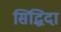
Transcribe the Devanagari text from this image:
सिद्धिदा